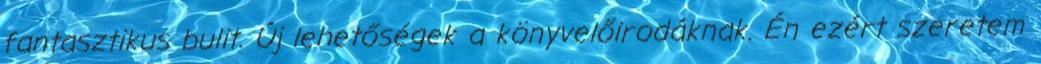
fantasztikus bulit. Új lehetőségek a könyvelőirodáknak. Én ezért szeretem